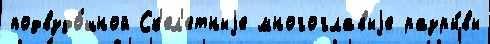
подвздо́шной Ск'ел'етныjе многоглавыjе разры́вы